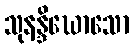
သုနန္ဒိဃောသော